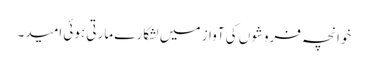
خوانچہ فروشوں کی آواز میں لشکارے مارتی ہوئی امید۔